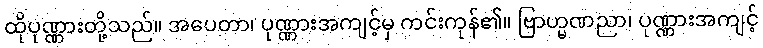
ထိုပုဏ္ဏားတို့သည်။ အပေတာ၊ ပုဏ္ဏားအကျင့်မှ ကင်းကုန်၏။ ဗြာဟ္မဏညာ၊ ပုဏ္ဏားအကျင့်